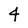
Character: 4